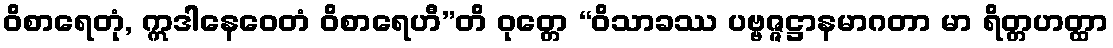
ဝိစာရေတုံ, ဣဒါနေဝေတံ ဝိစာရေဟီ”တိ ဝုတ္တေ “ဝိသာခဿ ပဗ္ဗဇ္ဇဋ္ဌာနမာဂတာ မာ ရိတ္တဟတ္ထာ